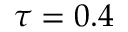
\tau = 0 . 4